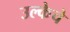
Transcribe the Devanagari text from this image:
उल्केचे